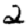
Digit: 2